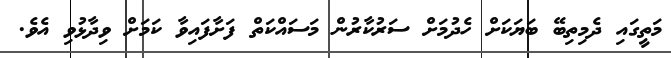
މަތީގައި ދެމިތިބޭ ބަޔަކަށް ހެދުމަށް ސަރުކާރުން މަސައްކަތް ފަށާފައިވާ ކަމަށް ވިދާޅުވި އެވެ.